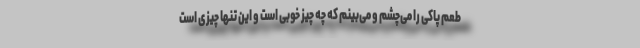
طعم پاکی را می‌چشم و می‌بینم که چه چیز خوبی است و این تنها چیزی است